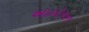
આલોચન